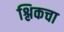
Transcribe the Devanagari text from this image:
श्लिकचा